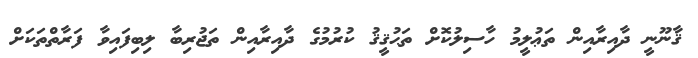
ޤާނޫނީ ދާއިރާއިން ތަޢުލީމު ހާސިލުކޮށް ތަޙުޤީޤު ކުރުމުގެ ދާއިރާއިން ތަޖުރިބާ ލިބިފައިވާ ފަރާތްތަކަށް